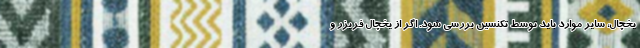
یخچال، سایر موارد باید توسط تکنسین بررسی شود. اگر از یخچال فریزر و